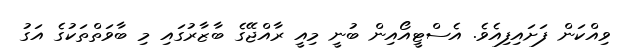
ވިއްކަން ފަށައިފިއެވެ. އެސްޓީއޯއިން ބުނީ މިއީ ރާއްޖޭގެ ބާޒާރުގައި މި ބާވަތްތަކުގެ އަގު